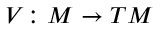
V \colon M \to T M